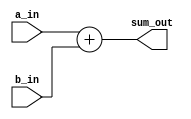
`timescale 1ns / 1ps

// Fixed-Point Adder

//------------------------------------------------------------------------------
// add Module
//------------------------------------------------------------------------------
module add#(parameter WIDTH = 32,parameter DECIMAL_BITS = 16)(
   input  signed[(WIDTH-1):0] a_in,
   input  signed[(WIDTH-1):0] b_in,
   output signed[(WIDTH-1):0] sum_out
   );

   // addition
   assign sum_out = a_in+b_in;

endmodule